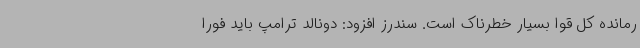
رمانده کل قوا بسیار خطرناک است. سندرز افزود: دونالد ترامپ باید فورا